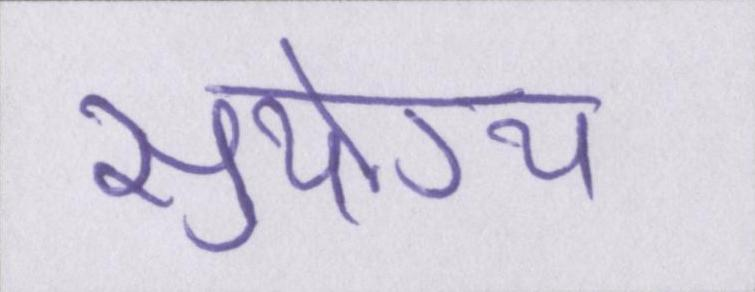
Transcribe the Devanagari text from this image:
सुयोग्य